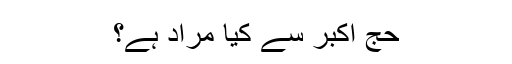
حج اکبر سے کیا مراد ہے؟